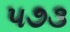
૫૭૩